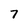
Character: 7